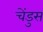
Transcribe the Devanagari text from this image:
चेंडुस